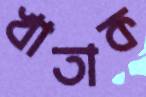
খাতাক